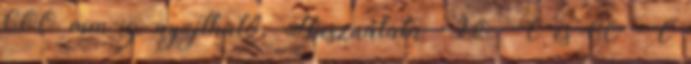
600 mm-ig nyújtható. Használata -20 °C és 60 °C